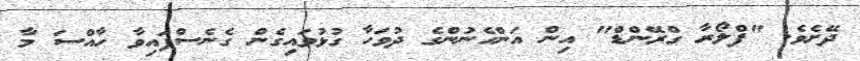
ދޭށެވެ. "ފްލޯރާ ގްރޭންޑް" އިން އަންހެނުންގެ ދުވަހާ ގުޅުވައިގެން ގެނެސްފައިވާ ހާއްސަ މާ